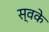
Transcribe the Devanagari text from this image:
स्वके